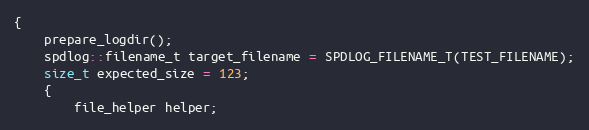
Language: C++
{
    prepare_logdir();
    spdlog::filename_t target_filename = SPDLOG_FILENAME_T(TEST_FILENAME);
    size_t expected_size = 123;
    {
        file_helper helper;